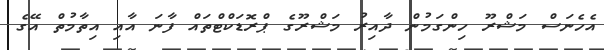
އެހެނަސް މަޝްރޫ ހިންގަމުން ދާއިރު މަޝްރޫގެ ޕްރޮޑަކްޓްތައް ފާނަ އާއި އިތާމުތް އޭގެ